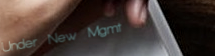
Under New Mgmt